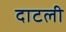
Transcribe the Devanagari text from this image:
दाटली